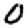
Digit: 0